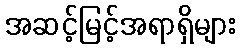
အဆင့်မြင့်အရာရှိများ